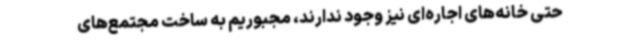
حتی خانه‌های اجاره‌ای نیز وجود ندارند، مجبوریم به ساخت مجتمع‌های